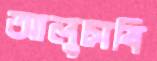
আলুচাষি